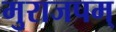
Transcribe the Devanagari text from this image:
मुराजपम्